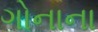
ગોનાના